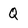
Character: Q